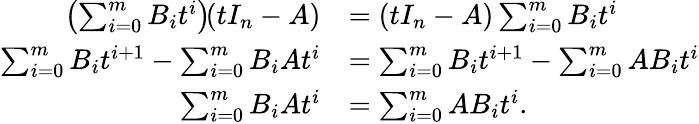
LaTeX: {\begin{array}{rl}{\left(\sum_{i=0}^{m}B_{i}t^{i}\right)\! (tI_{n}-A)}&{=(tI_{n}-A)\sum_{i=0}^{m}B_{i}t^{i}}\\ {\sum_{i=0}^{m}B_{i}t^{i+1}-\sum_{i=0}^{m}B_{i}At^{i}}&{=\sum_{i=0}^{m}B_{i}t^{i+1}-\sum_{i=0}^{m}AB_{i}t^{i}}\\ {\sum_{i=0}^{m}B_{i}At^{i}}&{=\sum_{i=0}^{m}AB_{i}t^{i}.}\end{array}}